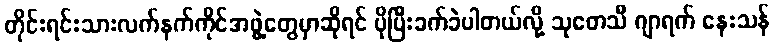
တိုင်းရင်းသားလက်နက်ကိုင်အဖွဲ့တွေမှာဆိုရင် ပိုပြီးခက်ခဲပါတယ်လို့ သုတေသီ ဂျာရက် နေးသန်